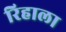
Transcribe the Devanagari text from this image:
रिहाला